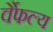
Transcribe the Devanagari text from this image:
र्वैफल्य